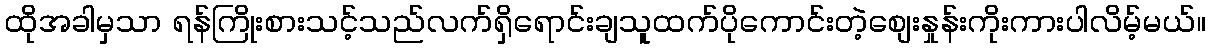
ထိုအခါမှသာ ရန်ကြိုးစားသင့်သည်လက်ရှိရောင်းချသူထက်ပိုကောင်းတဲ့စျေးနှုန်းကိုးကားပါလိမ့်မယ်။